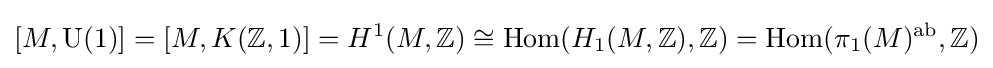
[M,\operatorname {U} (1)]=[M,K(\mathbb {Z} ,1)]=H^{1}(M,\mathbb {Z} )\cong \operatorname {Hom} (H_{1}(M,\mathbb {Z} ),\mathbb {Z} )=\operatorname {Hom} (\pi _{1}(M)^{\mathrm {ab} },\mathbb {Z} )